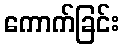
ကောက်ခြင်း